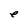
Character: e